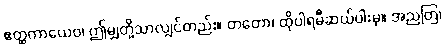
ဧတ္ထကာယေဝ၊ ဤမျှတို့သာလျှင်တည်း။ တတော၊ ထိုပါရမီဆယ်ပါးမှ။ အညတြ၊